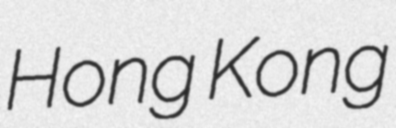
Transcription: Hong Kong